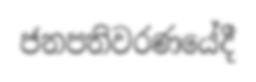
ජනපතිවරණයේදී